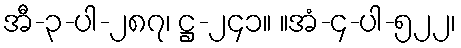
အီ-၃-ပါ-၂၈၇၊ ဋ္ဌ-၂၄၁။ ။အံ-၄-ပါ-၅၂၂၊